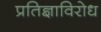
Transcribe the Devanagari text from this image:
प्रतिज्ञाविरोध